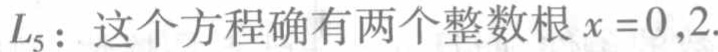
$L_5：\text{这个方程确有两个整数根}x = 0,2.$